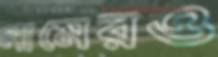
নামেরও